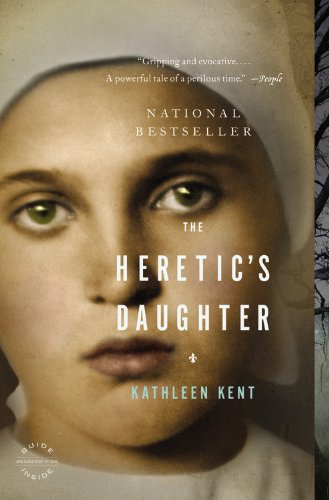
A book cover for The Heretic's Daughter: A Novel; Kathleen Kent; Literature & Fiction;